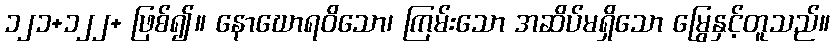
၁၂၁+၁၂၂+ ဖြစ်၍။ နောဃောရဝိသော၊ ကြမ်းသော အဆိပ်မရှိသော မြွေနှင့်တူသည်။